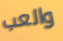
والعب